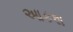
આકશ